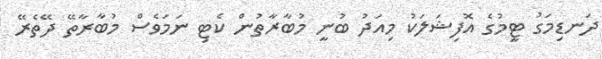
ދަނޑިމަގު ޓީމުގެ އޮފިޝަލަކު މިއަދު ބުނީ މުބާރާތުން ކެޓި ނަމަވެސް މުބާރާތޭ ދޭތެރޭ